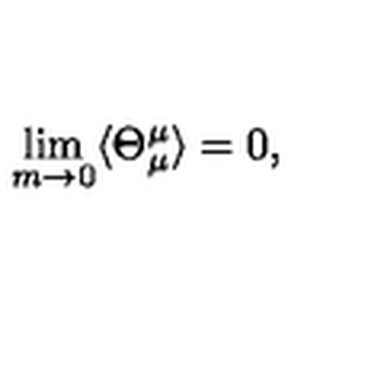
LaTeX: \lim _ { m \to 0 } \langle \Theta _ { \mu } ^ { \mu } \rangle = 0 ,